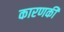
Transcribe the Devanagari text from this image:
कारणकी